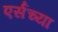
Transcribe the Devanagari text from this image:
एर्सच्या